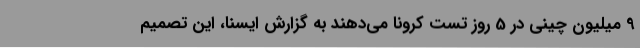
9 میلیون چینی در 5 روز تست کرونا می‌دهند به گزارش ایسنا، این تصمیم